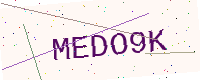
Text: MEDO9K